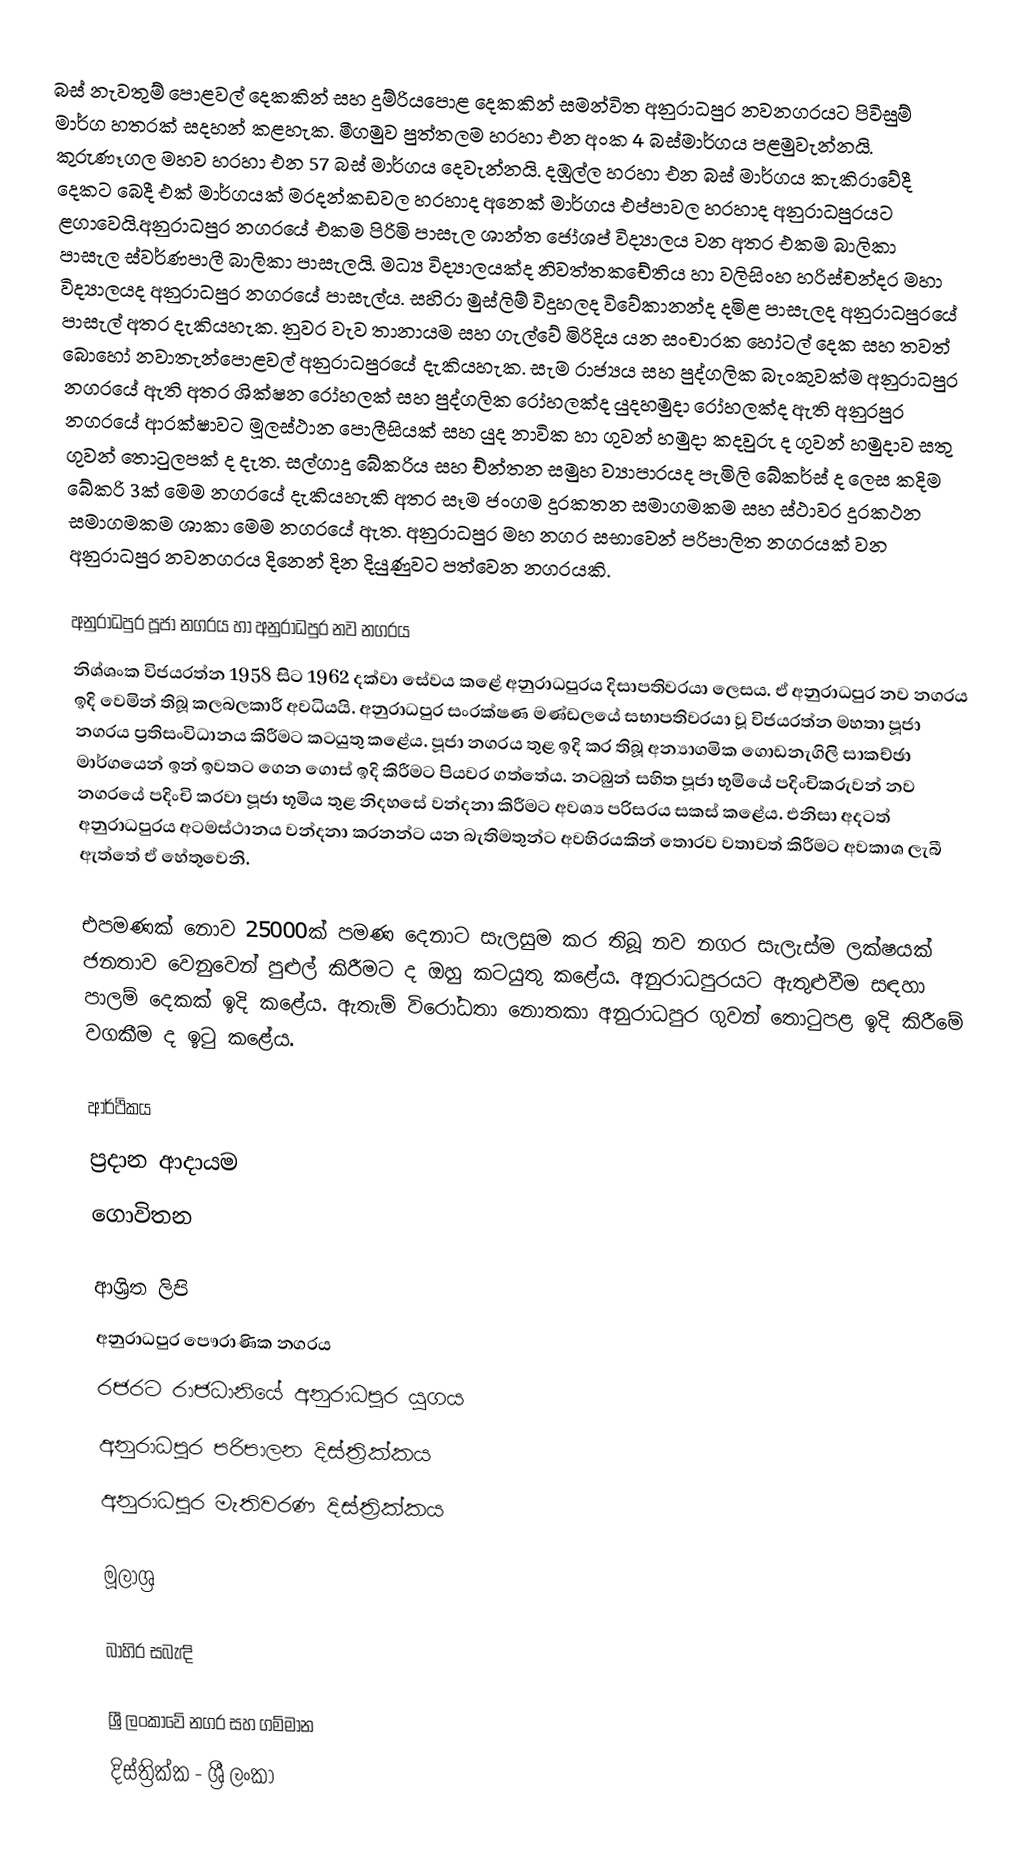
බස් නැවතුම් පොළවල් දෙකකින් සහ දුම්රියපොළ දෙකකින් සමන්විත අනුරාධපුර නවනගරයට පිවිසුම් මාර්ග හතරක් සදහන් කළහැක. මීගමුව පුත්තලම හරහා එන අංක 4 බස්මාර්ගය පළමුවැන්නයි. කුරුණෑගල මහව හරහා එන 57 බස් මාර්ගය දෙවැන්නයි. දඹුල්ල හරහා එන බස් මාර්ගය කැකිරාවේදී දෙකට බෙදී එක් මාර්ගයක් මරදන්කඩවල හරහාද අනෙක් මාර්ගය එප්පාවල හරහාද අනුරාධපුරයට ළගාවෙයි.අනුරාධපුර නගරයේ එකම පිරිමි පාසැල ශාන්ත ජෝශප් විද්‍යාලය වන අතර එකම බාලිකා පාසැල ස්වර්ණපාලී බාලිකා පාසැලයි. මධ්‍ය විද්‍යාලයක්ද නිවත්තකචේතිය හා වලිසිංහ හරිස්චන්දර මහා විද්‍යාලයද අනුරාධපුර නගරයේ පාසැල්ය. සහිරා මුස්ලිම් විදුහලද විවේකානන්ද දමිළ පාසැලද අනුරාධපුරයේ පාසැල් අතර දැකියහැක. නුවර වැව තානායම සහ ගැල්වේ මිරිදිය යන සංචාරක හෝටල් දෙක සහ තවත් බොහෝ නවාතැන්පොළවල් අනුරාධපුරයේ දැකියහැක. සැම රාජ්‍යය සහ පුද්ගලික බැංකුවක්ම අනුරාධපුර නගරයේ ඇති අතර ශික්ෂන රෝහලක් සහ පුද්ගලික රෝහලක්ද යුදහමුදා රෝහලක්ද ඇති අනුරපුර නග‍රයේ ආරක්ෂාවට මූලස්ථාන පොලීසියක් සහ යුද නාවික හා ගුවන් හමුදා කදවුරු ද ගුවන් හමුදාව සතු ගුවන් තොටුලපක් ද දැත. සල්ගාදු බේකරිය සහ ච්න්තන සමුහ ව්‍යාපාරයද පැමිලි බේකර්ස් ද ලෙස කදිම බේකරි 3ක් මෙම නගරයේ දැකියහැකි අතර සෑම ජංගම දුරකතන සමාගමකම සහ ස්ථාවර දුරකථන සමාගමකම ශාකා මෙම නගරයේ ඇත. අනුරාධපුර මහ නගර සභාවෙන් පරිපාලිත නගරයක් වන අනුරාධපුර නවනගරය දිනෙන් දින දියුණුව‍ට පත්වෙන නගරයකි.

අනුරාධපුර පූජා නගරය හා අනුරාධපුර නව නගරය
නිශ්ශංක විජයරත්න 1958 සිට 1962 දක්වා සේවය කළේ අනුරාධපුරය දිසාපතිවරයා ලෙසය. ඒ අනුරාධපුර නව නගරය ඉදි වෙමින් තිබූ කලබලකාරී අවධියයි. අනුරාධපුර සංරක්ෂණ මණ්ඩලයේ සභාපතිවරයා වූ විජයරත්න මහතා පූජා නගරය ප්‍රතිසංවිධානය කිරීමට කටයුතු කළේය. පූජා නගරය තුළ ඉදි කර තිබූ අන්‍යාගමික ගොඩනැගිලි සාකච්ඡා මාර්ගයෙන් ඉන් ඉවතට ගෙන ගොස් ඉදි කිරීමට පියවර ගත්තේය. නටබුන් සහිත පූජා භූමියේ පදිංචිකරුවන් නව නගරයේ පදිංචි කරවා පූජා භූමිය තුළ නිදහසේ වන්දනා කිරීමට අවශ්‍ය පරිසරය සකස් කළේය. එනිසා අදටත් අනුරාධපුරය අටමස්ථානය වන්දනා කරනන්ට යන බැතිමතුන්ට අවහිරයකින් තොරව වතාවත් කිරීමට අවකාශ ලැබී ඇත්තේ ඒ හේතුවෙනි.

එපමණක් නොව 25000ක් පමණ දෙනාට සැලසුම කර තිබූ නව නගර සැලැස්ම ලක්ෂයක් ජනතාව වෙනුවෙන් පුළුල් කිරීමට ද ඔහු කටයුතු කළේය. අනුරාධපුරයට ඇතුළුවීම සඳහා පාලම් දෙකක් ඉදි කළේය. ඇතැම් විරෝධතා නොතකා අනුරාධපුර ගුවන් තොටුපළ ඉදි කිරීමේ වගකීම ද ඉටු කළේය.

ආර්ථිකය
ප්‍රදාන ආදායම
ගොවිතන

ආශ්‍රිත ලිපි
 අනුරාධපුර පෞරාණික නගරය
 රජරට රාජධානියේ අනුරාධපුර යුගය
 අනුරාධපුර පරිපාලන දිස්ත්‍රික්කය
 අනුරාධපුර මැතිවරණ දිස්ත්‍රික්කය

මූලාශ්‍ර

බාහිර සබැඳි

ශ්‍රී ලංකාවේ නගර සහ ගම්මාන
දිස්ත්‍රික්ක - ශ්‍රී ලංකා